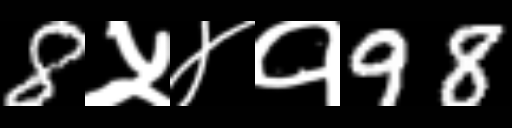
Text: 8५४१98